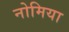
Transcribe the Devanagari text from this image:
नोमिया